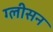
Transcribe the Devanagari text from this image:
ग्‍लीसन